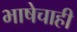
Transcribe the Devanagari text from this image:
भाषेचाही